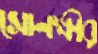
সোনক্ষীর